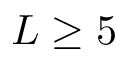
L \geq 5